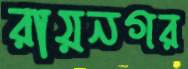
রায়নগর